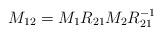
LaTeX: \begin{align*}M_{12} = M_1 R_{21} M_2 R_{21}^{-1}\end{align*}